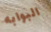
البوابه